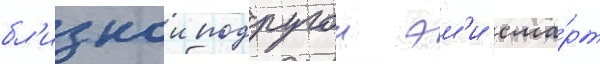
бл'изкои подругои эм'и сма́рт